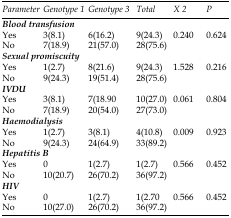
<table><thead><tr><td><b><i>Parameter</i></b></td><td><b><i>Genotype 1</i></b></td><td><b><i>Genotype 3</i></b></td><td><b><i>Total</i></b></td><td><b><i>X </i><sup>2</sup></b></td><td><b><i>P</i></b></td></tr><tr><td><b><i>Blood transfusion</i></b></td><td></td><td></td><td></td><td></td><td></td></tr></thead><tbody><tr><td>Yes</td><td>3(8.1)</td><td>6(16.2)</td><td>9(24.3)</td><td>0.240</td><td>0.624</td></tr><tr><td>No</td><td>7(18.9)</td><td>21(57.0)</td><td>28(75.6)</td><td></td><td></td></tr><tr><td><b><i>Sexual promiscuity</i></b></td><td></td><td></td><td></td><td></td><td></td></tr><tr><td>Yes</td><td>1(2.7)</td><td>8(21.6)</td><td>9(24.3)</td><td>1.528</td><td>0.216</td></tr><tr><td>No</td><td>9(24.3)</td><td>19(51.4)</td><td>28(75.6)</td><td></td><td></td></tr><tr><td><b><i>IVDU</i></b></td><td></td><td></td><td></td><td></td><td></td></tr><tr><td>Yes</td><td>3(8.1)</td><td>7(18.90</td><td>10(27.0)</td><td>0.061</td><td>0.804</td></tr><tr><td>No</td><td>7(18.9)</td><td>20(54.0)</td><td>27(73.0)</td><td></td><td></td></tr><tr><td><b><i>Haemodialysis</i></b></td><td></td><td></td><td></td><td></td><td></td></tr><tr><td>Yes</td><td>1(2.7)</td><td>3(8.1)</td><td>4(10.8)</td><td>0.009</td><td>0.923</td></tr><tr><td>No</td><td>9(24.3)</td><td>24(64.9)</td><td>33(89.2)</td><td></td><td></td></tr><tr><td><b><i>Hepatitis B</i></b></td><td></td><td></td><td></td><td></td><td></td></tr><tr><td>Yes</td><td>0</td><td>1(2.7)</td><td>1(2.7)</td><td>0.566</td><td>0.452</td></tr><tr><td>No</td><td>10(20.7)</td><td>26(70.2)</td><td>36(97.2)</td><td></td><td></td></tr><tr><td><b><i>HIV</i></b></td><td></td><td></td><td></td><td></td><td></td></tr><tr><td>Yes</td><td>0</td><td>1(2.7)</td><td>1(2.70</td><td>0.566</td><td>0.452</td></tr><tr><td>No</td><td>10(27.0)</td><td>26(70.2)</td><td>36(97.2)</td><td></td><td></td></tr></tbody></table>